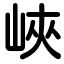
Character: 峽